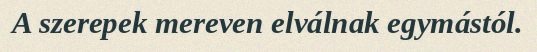
A szerepek mereven elválnak egymástól.